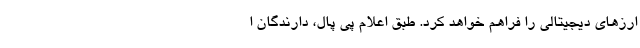
ارز‌های دیجیتالی را فراهم خواهد کرد. طبق اعلام پی پال، دارندگان ا